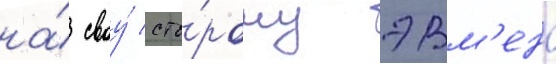
на́ своу́ сто́рону эвм'ена